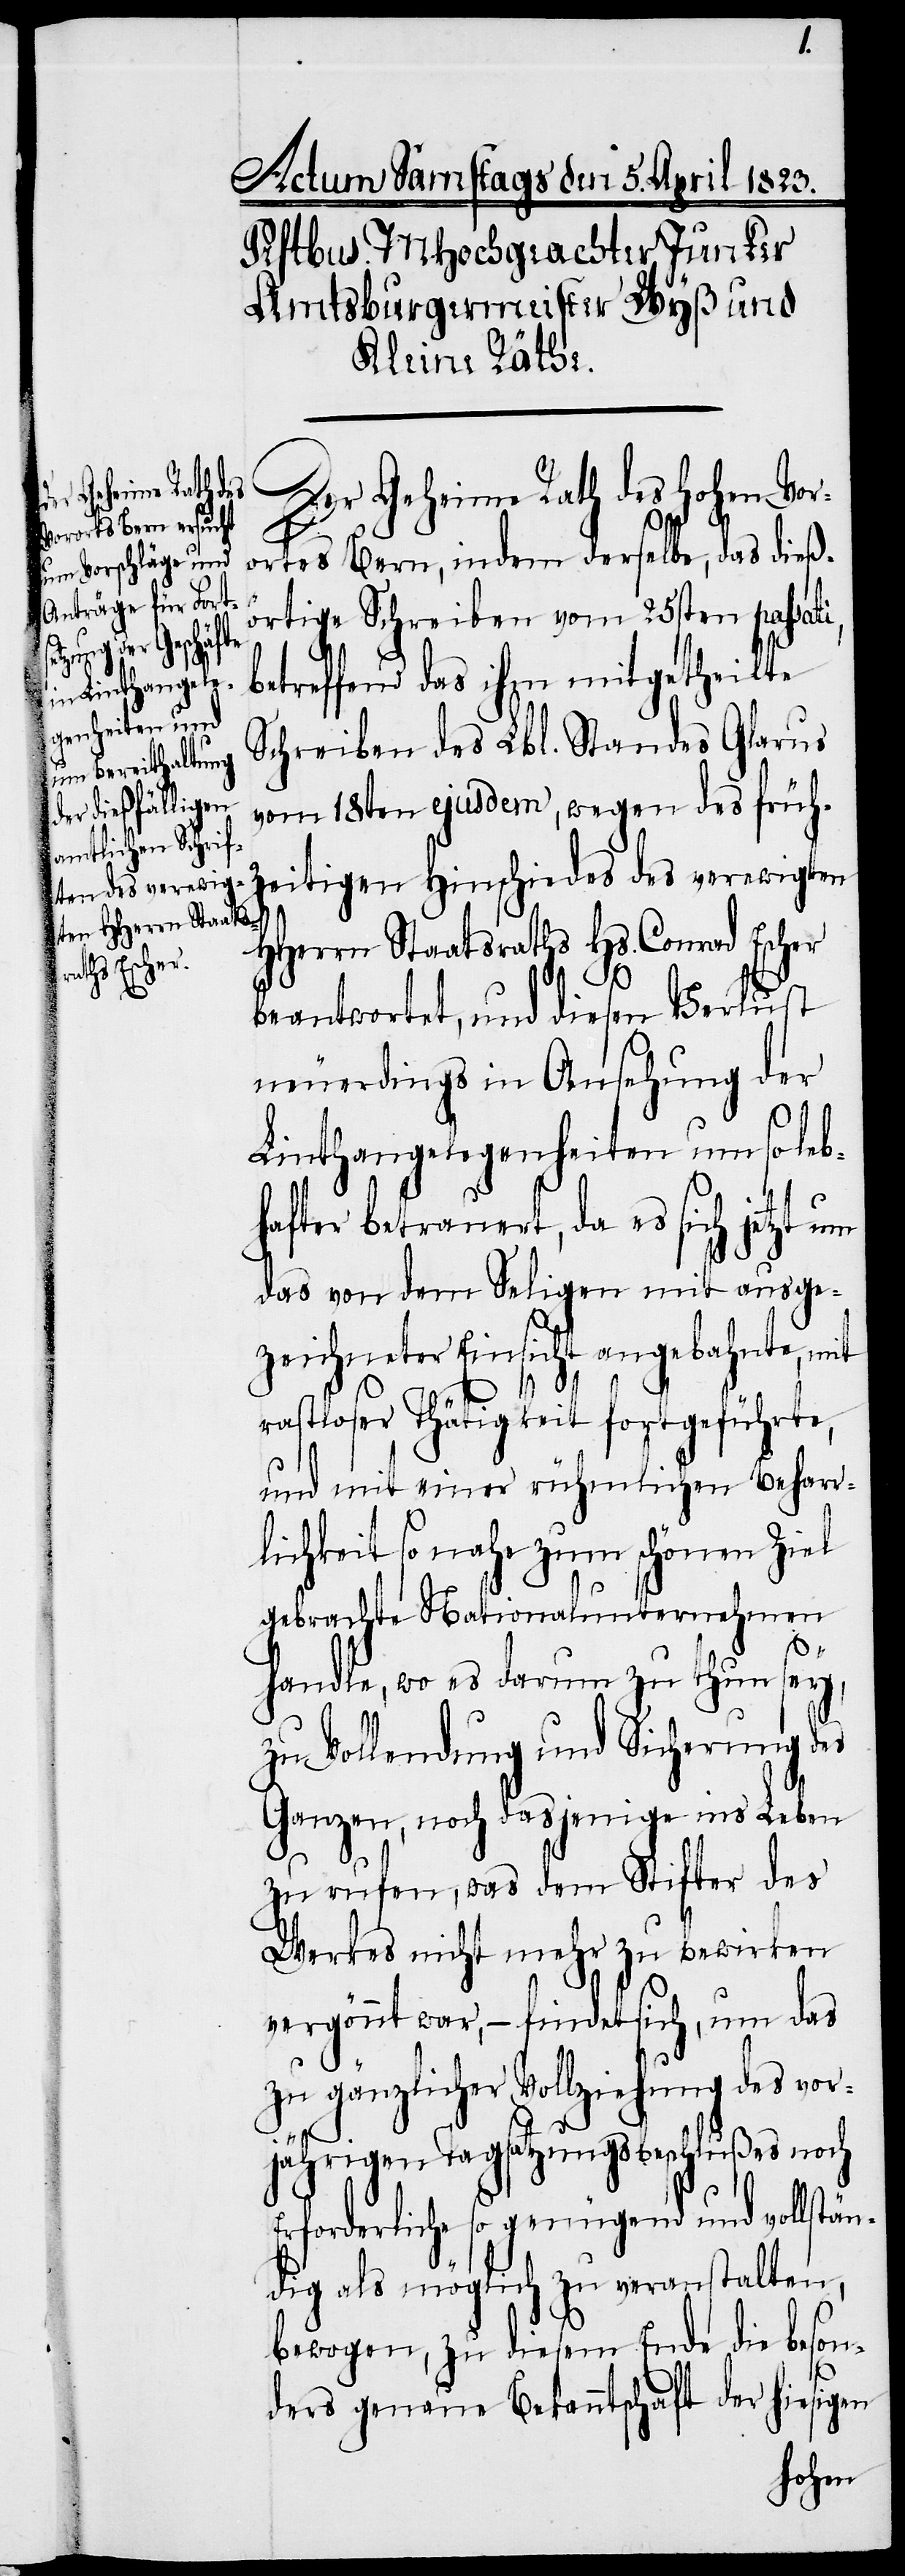
Der Geheime Rath des hohen Vor¬
ortes Bern, indem derselbe, das dieß¬
örtige Schreiben vom 25sten passat¬
betreffend das ihm mitgetheilte
Schreiben des Lbl. Standes Glarus
vom 18ten ejusdem, wegen des früh¬
zeitigen Hinschiedes des verewigten
HHerrn Staatsraths Hs. Conrad Escher
beantwortet, und diesen Verlust
neuerdings in Ansehung der
i,
Linthangelegenheiten um so leb¬
hafter betrauert, da es sich jetzt um
das von dem Seligen mit ausge¬
zeichneter Einsicht angebahnte, mit
rastloser Thätigkeit fortgeführte,
und mit einer rühmlichen Beharr¬
lichkeit so nahe zum schönen Ziel
gebrachte Nationalunternehmen
handle, wo es darum zu thun sey,
zu Vollendung und Sicherung des
Ganzen, noch dasjenige ins Leben
zu rufen, was dem Stifter des
Werkes nicht mehr zu bewirken
vergönnt war, – findet sich, um das
zu gänzlicher Vollziehung des vor¬
jährigen Tagsatzungsbeschlußes noch
Erforderliche so genügend und vollstän¬
dig als möglich zu veranstalten,
bewogen, zu diesem Ende die beson¬
ders genaue Bekanntschaft der hiesigen